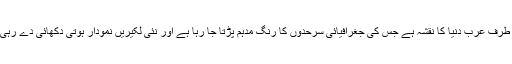
ایک طرف عرب دنیا کا نقشہ ہے جس کی جغرافیائی سرحدوں کا رنگ مدہم پڑتا جا رہا ہے اور نئی لکیریں نمودار ہوتی دکھائی دے رہی ہیں۔